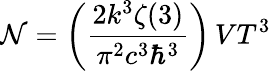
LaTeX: \mathcal{N}=\left({\frac{{2k^{3}\zeta(3)}}{{\pi^{2}c^{3}\hbar^{3}}}}\right)\, VT^{3}